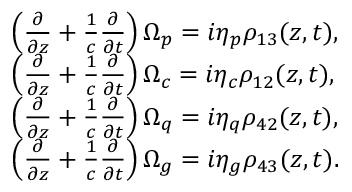
\begin{array} { r l } & { \left( \frac { \partial } { \partial z } + \frac { 1 } { c } \frac { \partial } { \partial t } \right) \Omega _ { p } = i \eta _ { p } \rho _ { 1 3 } ( z , t ) , } \\ & { \left( \frac { \partial } { \partial z } + \frac { 1 } { c } \frac { \partial } { \partial t } \right) \Omega _ { c } = i \eta _ { c } \rho _ { 1 2 } ( z , t ) , } \\ & { \left( \frac { \partial } { \partial z } + \frac { 1 } { c } \frac { \partial } { \partial t } \right) \Omega _ { q } = i \eta _ { q } \rho _ { 4 2 } ( z , t ) , } \\ & { \left( \frac { \partial } { \partial z } + \frac { 1 } { c } \frac { \partial } { \partial t } \right) \Omega _ { g } = i \eta _ { g } \rho _ { 4 3 } ( z , t ) . } \end{array}